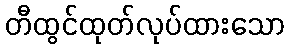
တီထွင်ထုတ်လုပ်ထားသော